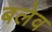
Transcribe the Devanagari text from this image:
बलेव